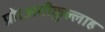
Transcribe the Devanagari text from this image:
प्रो।अतीक़ुल्लाह